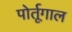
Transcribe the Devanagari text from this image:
पोर्तूगाल